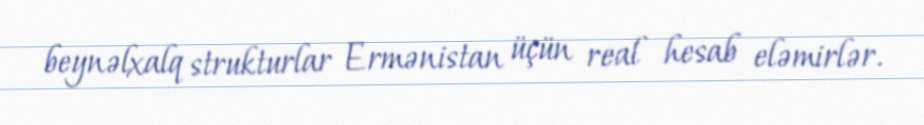
beynəlxalq strukturlar Ermənistan üçün real hesab eləmirlər.